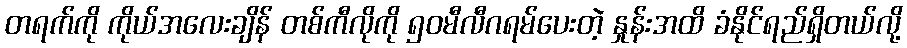
တရက်ကို ကိုယ်အလေးချိန် တစ်ကီလိုကို ၅၀မီလီဂရမ်ပေးတဲ့ နှုန်းအထိ ခံနိုင်ရည်ရှိတယ်လို့